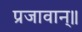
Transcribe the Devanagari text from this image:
प्रजावान्॥